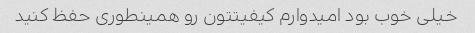
خیلی خوب بود امیدوارم کیفیتتون رو همینطوری حفظ کنید